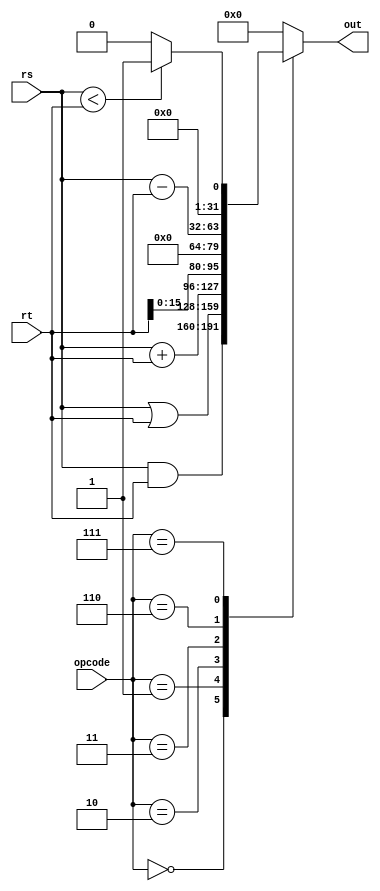
// ALU (An arithmetic logic unit ) module

// This modules does arithmetic logic depending on the given alu control signal.
// According to the given control signal, it will do the corresponding arithmetic based on the given 2 inputs: rs and rt, and then pass to the output.

module alu(opcode, rs, rt, out);

    input [2:0] opcode;
    input [31:0] rs;
    input [31:0] rt;
    output [31:0] out;

    reg [31:0] temp;

    always@(*) begin
      
        case(opcode)    
            3'b000:     //and
            begin
                temp = rs & rt;
            end

            3'b001:     //or
            begin
                temp = rs | rt;
            end

            3'b010:     //add
            begin
                temp = rs + rt;
            end

            3'b011:     //lui
            begin
                temp = rt<<16;
            end

            3'b110:     //sub
            begin
                temp = rs-rt;
            end

            3'b111:     //slt
            begin
                if(rs<rt)
                begin
                    temp = 1;
                end
                else
                begin
                    temp = 0;
                end
            end
     
            default: temp = 0;
     
        endcase         

    end 

    assign out = temp;
   
endmodule




/*
// Here is the simple test for this module individually.
module test();
   
    reg [2:0] opcode = 3'b010;
    reg [31:0] rs = 32'b1011;
    reg [31:0] rt = 32'b111;

    wire [31:0] out;

    initial begin
        #10 opcode = 6;
        #10 opcode = 0;
        #10 opcode = 1;
        #10 opcode = 7;
    end

    initial
        $monitor("op:%b rs:%b rt:%b out:%b",opcode,rs,rt,out );

    alu one(opcode,rs,rt,out);
     
endmodule
*/